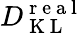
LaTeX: D_{\mathrm{~K~L~}}^{\mathrm{~r~e~a~l~}}